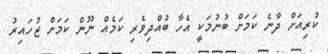
ކުރިއަށް ދާނެ ކަމަށް ބުނުމަކީ އެހާ ބުއްދިވެރި ކަމެއް ނޫން ކަމަށް ޒުހައިރު